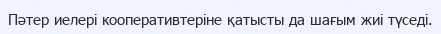
Пәтер иелері кооперативтеріне қатысты да шағым жиі түседі.